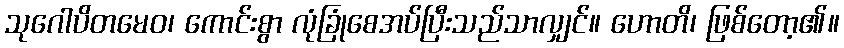
သုဂေါပိတမေဝ၊ ကောင်းစွာ လုံခြုံစေအပ်ပြီးသည်သာလျှင်။ ဟောတိ၊ ဖြစ်တော့၏။